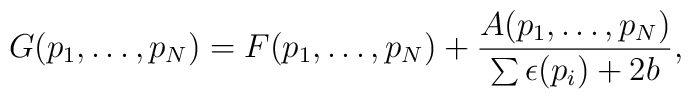
G(p_1,\ldots,p_N)=F(p_1,\ldots,p_N)+ {A(p_1,\ldots,p_N)\over \sum\epsilon(p_i)+2b},